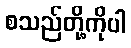
စသည်တို့ကိုပါ